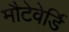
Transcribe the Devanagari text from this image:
मौटेवेर्डि